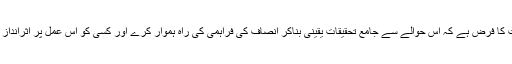
بنگلا دیشی حکومت کا فرض ہے کہ اس حوالے سے جامع تحقیقات یقینی بناکر انصاف کی فراہمی کی راہ ہموار کرے اور کسی کو اس عمل پر اثرانداز نہ ہونے دیا جائے۔